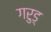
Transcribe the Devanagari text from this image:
गरुड़्